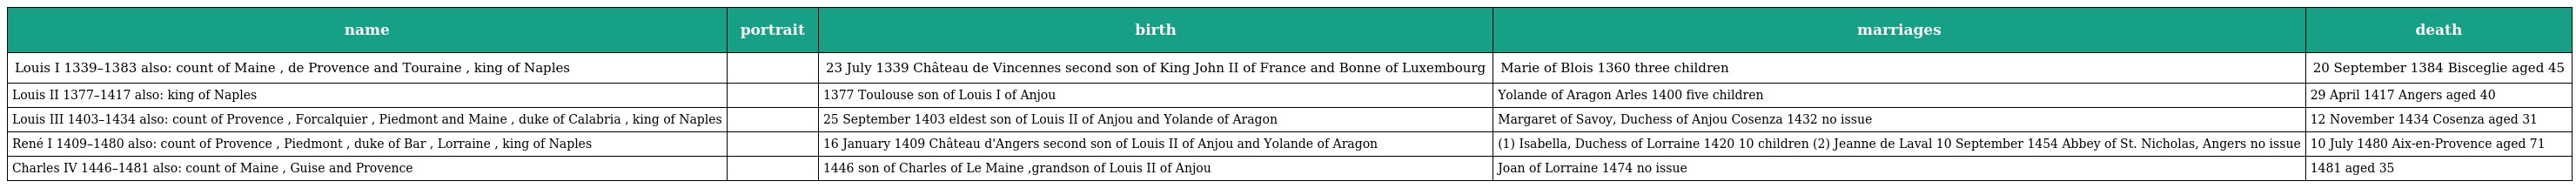
| name | portrait | birth | marriages | death |
 | --- | --- | --- | --- | --- |
 | Louis I 1339–1383 also: count of Maine , de Provence and Touraine , king of Naples |  | 23 July 1339 Château de Vincennes second son of King John II of France and Bonne of Luxembourg | Marie of Blois 1360 three children | 20 September 1384 Bisceglie aged 45 |
 | Louis II 1377–1417 also: king of Naples |  | 1377 Toulouse son of Louis I of Anjou | Yolande of Aragon Arles 1400 five children | 29 April 1417 Angers aged 40 |
 | Louis III 1403–1434 also: count of Provence , Forcalquier , Piedmont and Maine , duke of Calabria , king of Naples |  | 25 September 1403 eldest son of Louis II of Anjou and Yolande of Aragon | Margaret of Savoy, Duchess of Anjou Cosenza 1432 no issue | 12 November 1434 Cosenza aged 31 |
 | René I 1409–1480 also: count of Provence , Piedmont , duke of Bar , Lorraine , king of Naples |  | 16 January 1409 Château d'Angers second son of Louis II of Anjou and Yolande of Aragon | (1) Isabella, Duchess of Lorraine 1420 10 children (2) Jeanne de Laval 10 September 1454 Abbey of St. Nicholas, Angers no issue | 10 July 1480 Aix-en-Provence aged 71 |
 | Charles IV 1446–1481 also: count of Maine , Guise and Provence |  | 1446 son of Charles of Le Maine ,grandson of Louis II of Anjou | Joan of Lorraine 1474 no issue | 1481 aged 35 |